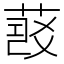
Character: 𦷠